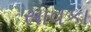
સાવકા